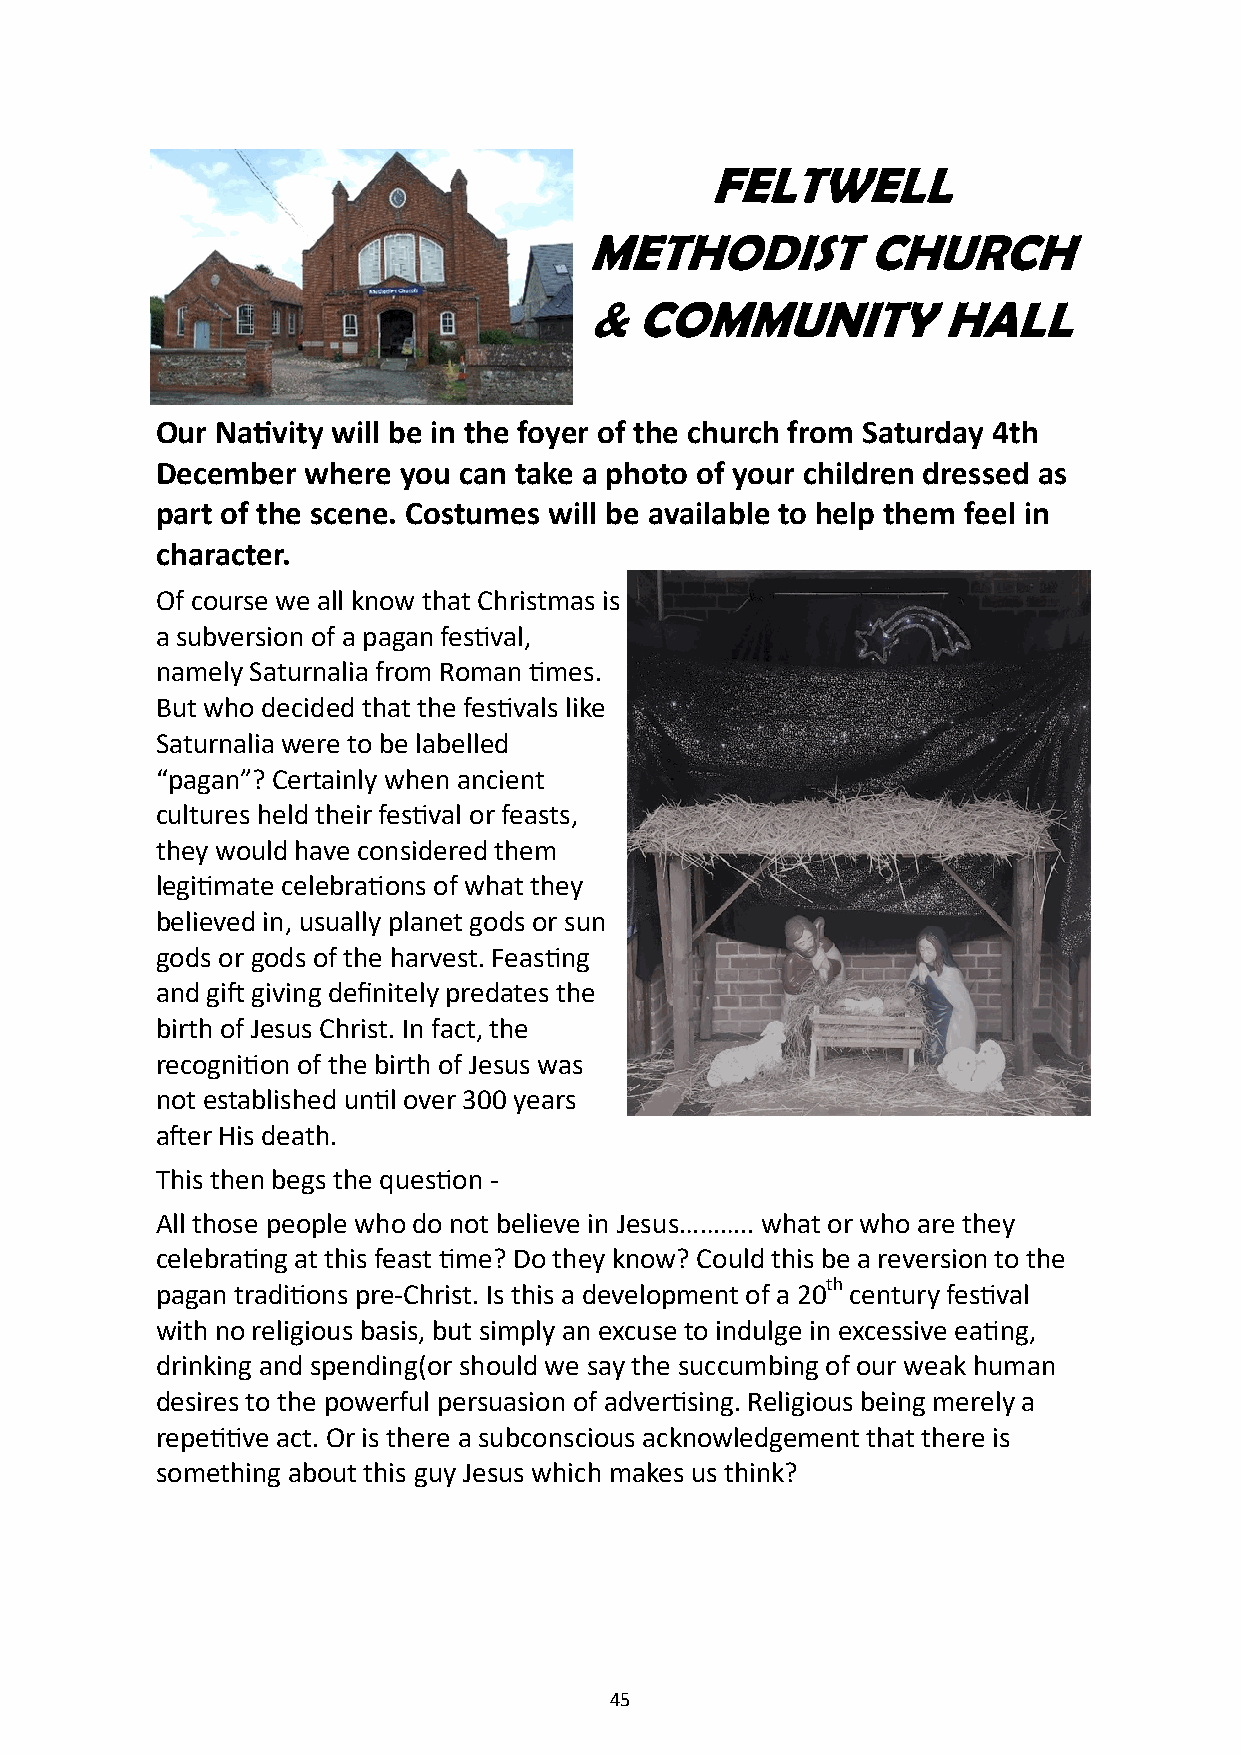
FELTWELL
 METHODIST         CHURCH
 &  COMMUNITY           HALL
 Our Nativity will be in the foyer of the church from Saturday 4th
 December  where  you can take a photo of your children dressed as
 part of the scene. Costumes will be available to help them feel in
 character.
 Of course we all know that Christmas is
 a subversion of a pagan festival,
 namely Saturnalia from Roman times.
 But who decided that the festivals like
 Saturnalia were to be labelled
 “pagan”? Certainly when ancient
 cultures held their festival or feasts,
 they would have considered them
 legitimate celebrations of what they
 believed in, usually planet gods or sun
 gods or gods of the harvest. Feasting
 and gift giving definitely predates the
 birth of Jesus Christ. In fact, the
 recognition of the birth of Jesus was
 not established until over 300 years
 after His death.
 This then begs the question -
 All those people who do not believe in Jesus……….. what or who are they
 celebrating at this feast time? Do they know? Could this be a reversion to the
 pagan traditions pre-Christ. Is this a development of a 20th century festival
 with no religious basis, but simply an excuse to indulge in excessive eating,
 drinking and spending(or should we say the succumbing of our weak human
 desires to the powerful persuasion of advertising. Religious being merely a
 repetitive act. Or is there a subconscious acknowledgement that there is
 something about this guy Jesus which makes us think?
 45